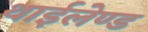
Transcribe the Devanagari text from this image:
थाईलेण्ड